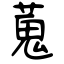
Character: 蒐